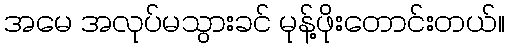
အမေ အလုပ်မသွားခင် မုန့်ဖိုးတောင်းတယ်။